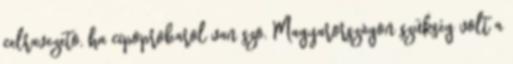
celravezeto, ha cipoprobarol van szo. Magyarországon szükség volt a